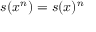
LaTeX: s ( x ^ { n } ) = s ( x ) ^ { n }